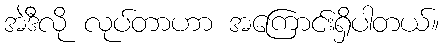
အဲဒီလို လုပ်တာဟာ အကြောင်းရှိပါတယ်။